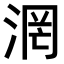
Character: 𣶈